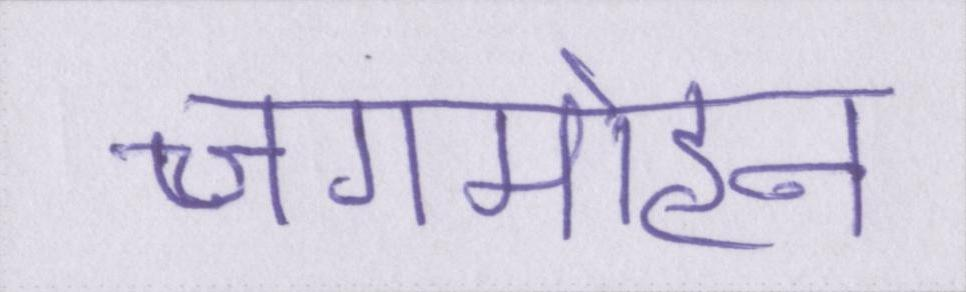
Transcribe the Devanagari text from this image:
जगमोहन